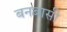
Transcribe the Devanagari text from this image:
बनबासी